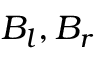
B _ { l } , B _ { r }